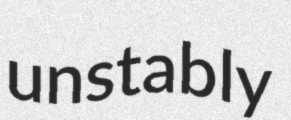
unstably